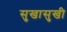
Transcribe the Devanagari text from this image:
सुखासुखी